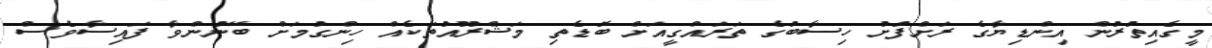
މީގެއިތުރުން އިންޑިޔާގެ ރަށްފުށު ހިސާބުގެ ތަރައްގީއަށް ބޮޑެތި މަޝްރޫއުތަކެއް ހިންގުމަށް ބޭނުންވާ ފައިސާވެސް